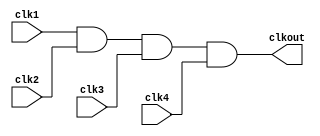
// SPDX-License-Identifier: Apache-2.0
// Copyright (C) 2022 HCL Technologies Ltd.
// Copyright (C) 2022 Blue Cheetah Analog Design, Inc.

module clk_and4_cel(
output clkout, // AND output
input  clk1,   // clock 1
input  clk2,  // clock 2
input  clk3,  // clock 3
input  clk4  // clock 3
);

assign clkout = clk1 & clk2 & clk3 & clk4;

endmodule // clk_and4_cel